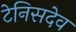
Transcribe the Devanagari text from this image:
टेनिसदेव